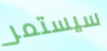
سيستمر